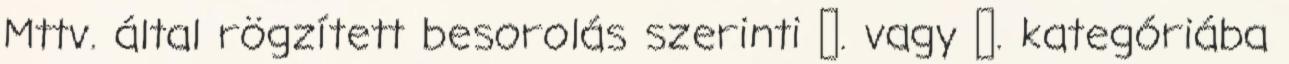
Mttv. által rögzített besorolás szerinti Ⅴ. vagy Ⅵ. kategóriába